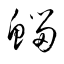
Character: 鯔